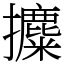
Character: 攗